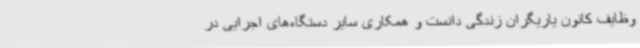
وظایف کانون یاریگران زندگی دانست و همکاری سایر دستگاه‌های اجرایی در